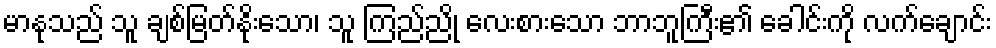
မာနုသည် သူ ချစ်မြတ်နိုးသော၊ သူ ကြည်ညို လေးစားသော ဘာဘူကြီး၏ ခေါင်းကို လက်ချောင်း